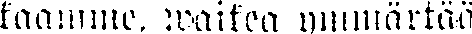
kaamme, waikea ymmärtää